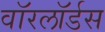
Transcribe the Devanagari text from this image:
वाॅरलाॅर्डस